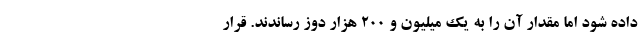
داده شود اما مقدار آن را به یک میلیون و ۲۰۰ هزار دوز رساندند. قرار